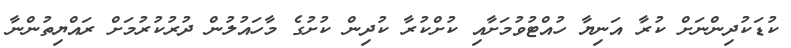
ކުޑަކުދިންނަށް ކުރާ އަނިޔާ ހުއްޓުވުމަށާއި ކުށްކުރާ ކުދިން ކުށުގެ މާހައުލުން ދުރުކުރުމަށް ރައްޔިތުންނާ